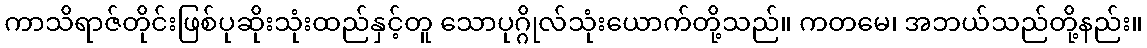
ကာသိရာဇ်တိုင်းဖြစ်ပုဆိုးသုံးထည်နှင့်တူ သောပုဂ္ဂိုလ်သုံးယောက်တို့သည်။ ကတမေ၊ အဘယ်သည်တို့နည်း။